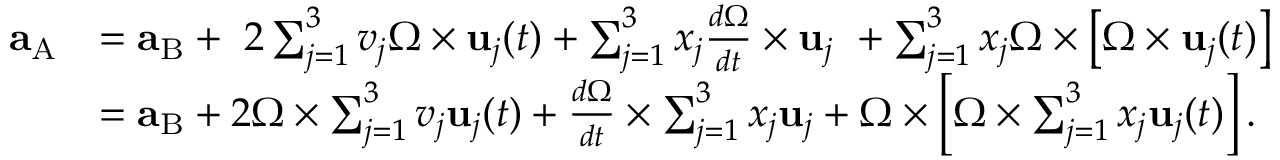
{ \begin{array} { r l } { \mathbf { a } _ { \mathrm { A } } } & { = \mathbf { a } _ { \mathrm { B } } + \ 2 \sum _ { j = 1 } ^ { 3 } v _ { j } { \boldsymbol { \Omega } } \times \mathbf { u } _ { j } ( t ) + \sum _ { j = 1 } ^ { 3 } x _ { j } { \frac { d { \boldsymbol { \Omega } } } { d t } } \times \mathbf { u } _ { j } \ + \sum _ { j = 1 } ^ { 3 } x _ { j } { \boldsymbol { \Omega } } \times \left[ { \boldsymbol { \Omega } } \times \mathbf { u } _ { j } ( t ) \right] } \\ & { = \mathbf { a } _ { \mathrm { B } } + 2 { \boldsymbol { \Omega } } \times \sum _ { j = 1 } ^ { 3 } v _ { j } \mathbf { u } _ { j } ( t ) + { \frac { d { \boldsymbol { \Omega } } } { d t } } \times \sum _ { j = 1 } ^ { 3 } x _ { j } \mathbf { u } _ { j } + { \boldsymbol { \Omega } } \times \left[ { \boldsymbol { \Omega } } \times \sum _ { j = 1 } ^ { 3 } x _ { j } \mathbf { u } _ { j } ( t ) \right] . } \end{array} }